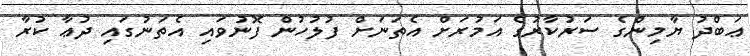
ޢަބްދު ޔާމިންގެ ސަރުކާރުގެ އަމުރަށް އެތަނަށް ފުލުހުން ފޮނުވައި އެތަނުގައި ދުޢާ ކުރާ